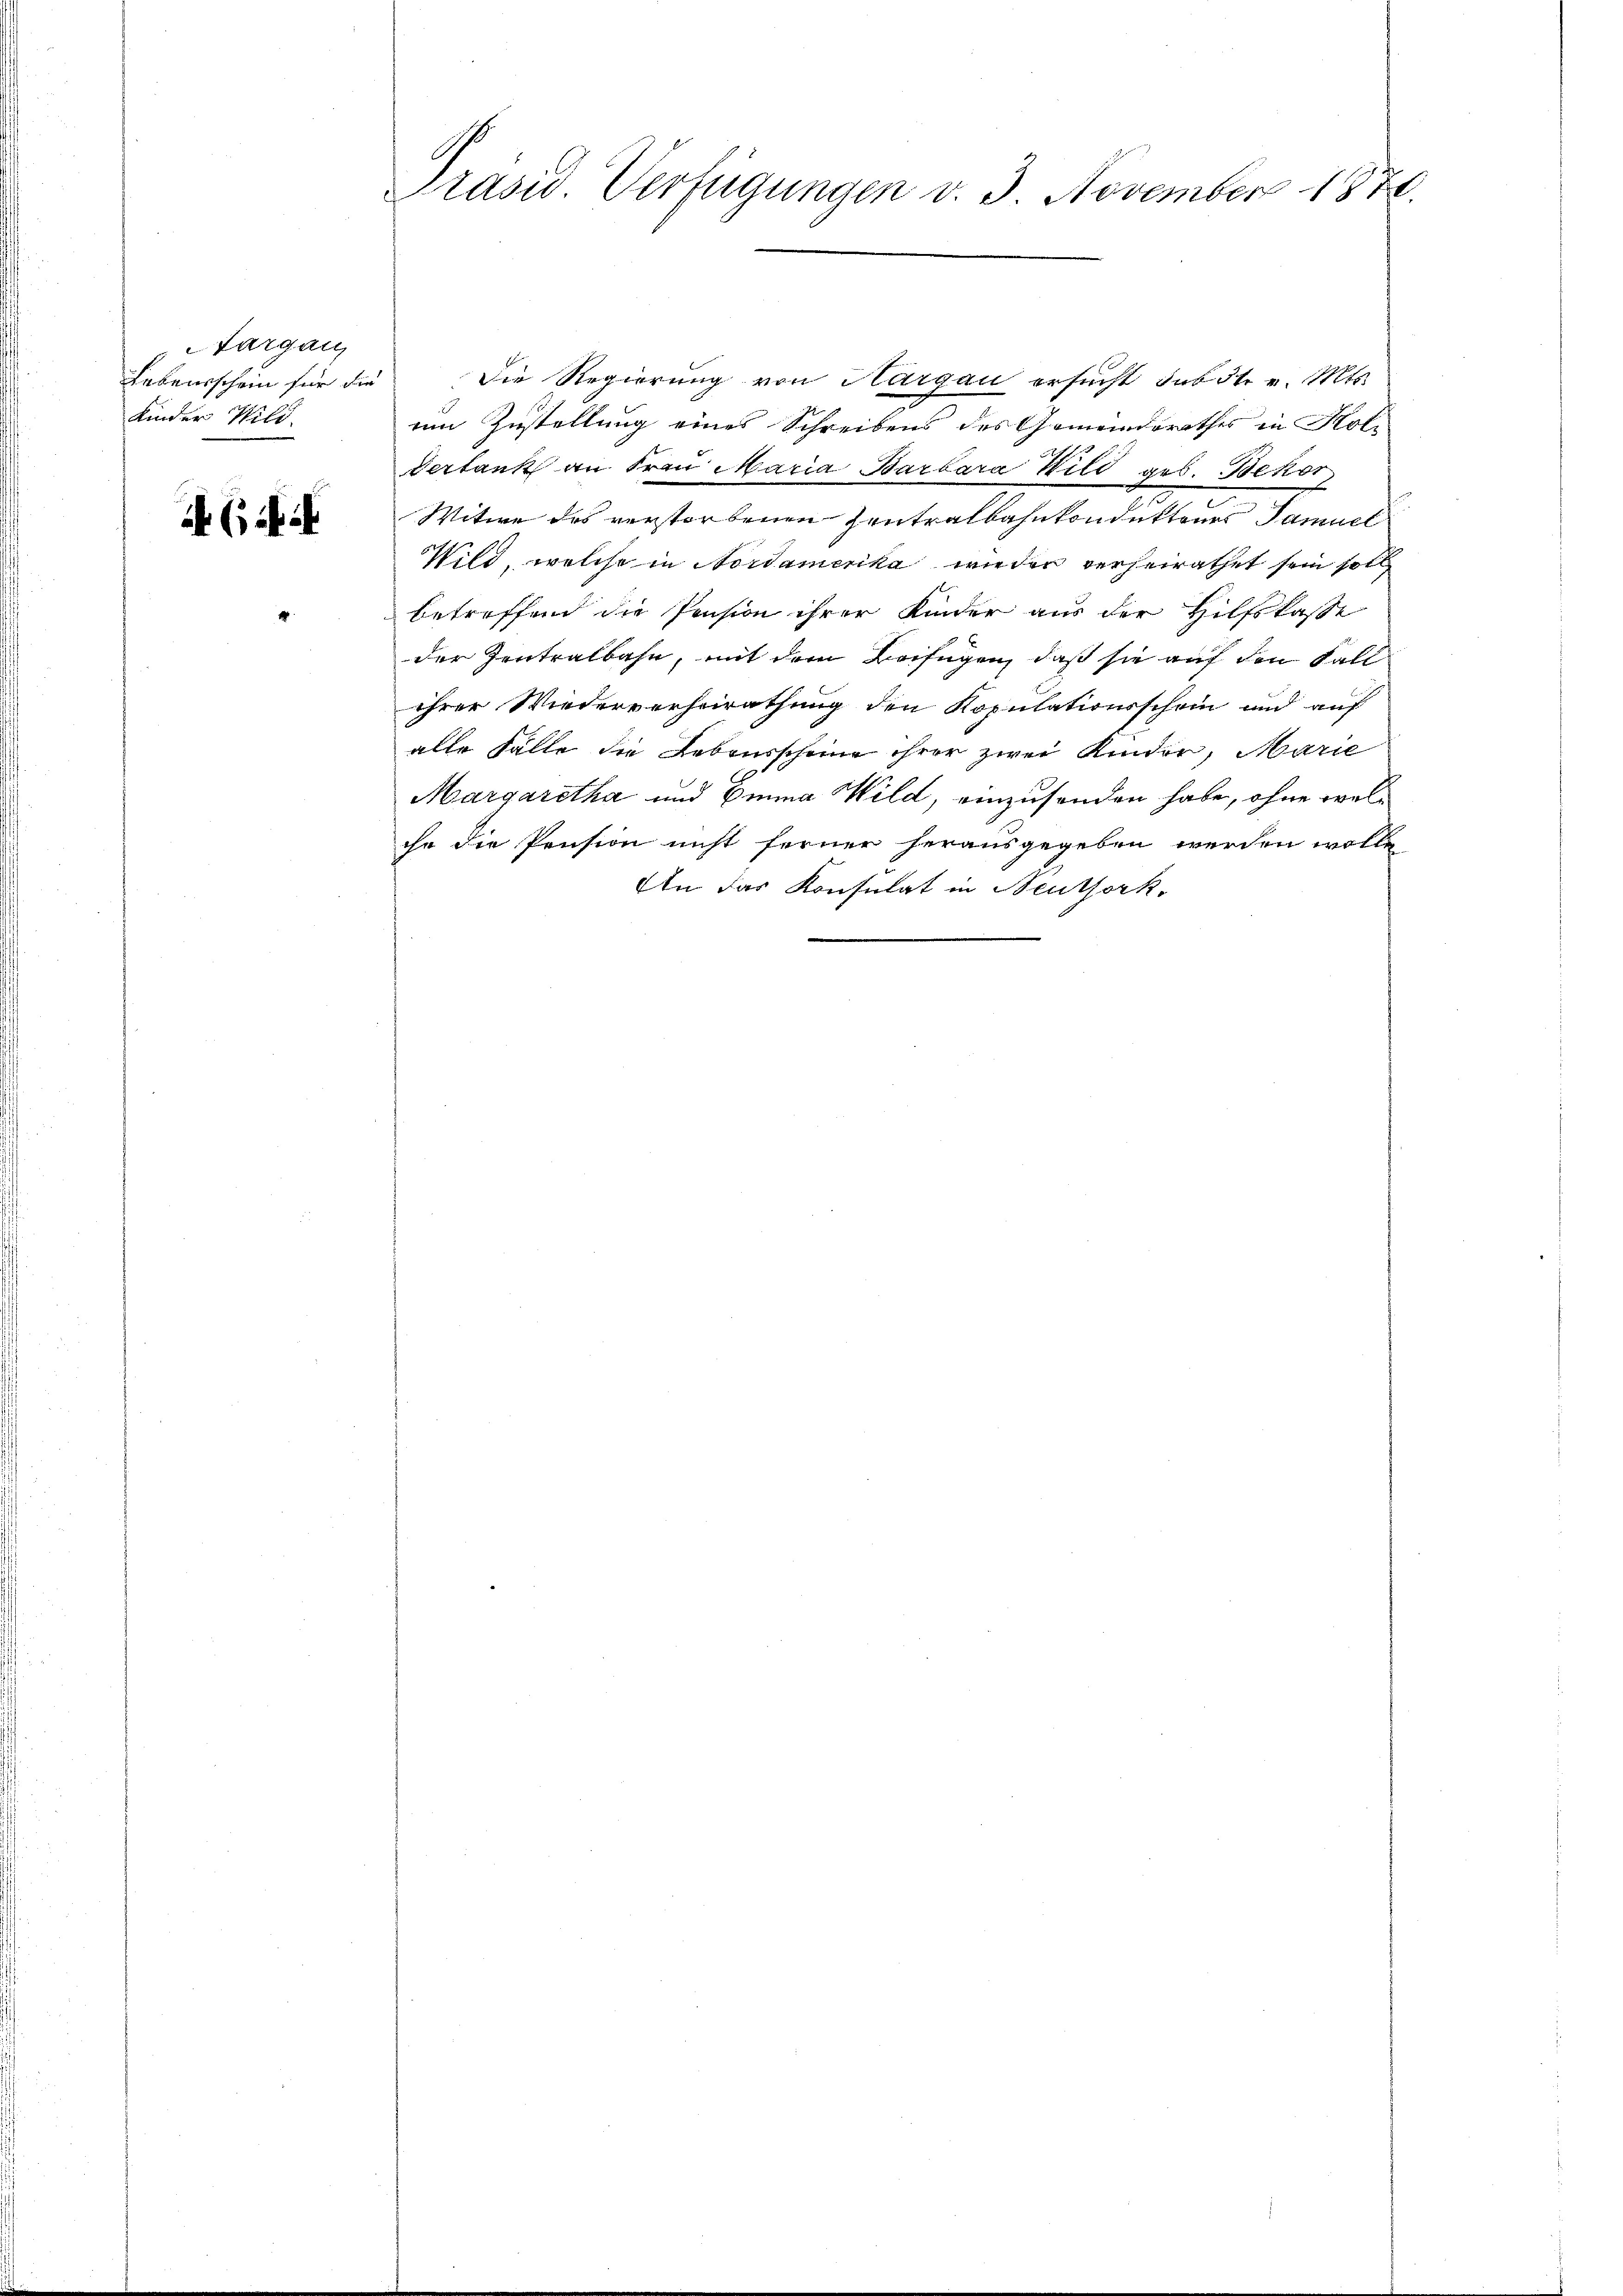
Aargau
Lebensschein für die
Kinder Wild.

Präsid. Verfügungen v. 3. November 1874.

Die Regierung von Aargau ersucht sub 5t. v. Mts.
um Zustellung eines Schreibens des Gemeinderathes in Kol-
Verbank an Frau Maria Barbara Wild geb. Bekor
Witwe des verstorbenen Zentralbahnkonduktenes Samuel
Wild, welche in Nordamerika wieder verheirathet sein soll
betreffend die Pension ihrer Kinder aus der Hilfskasse
der Zentralbahn, mit dem Verfügen, daß sie auf den Fall
ihrer Wiederverheirathung den Kopulationsschein und auf
alle Fälle die Lebensscheine ihrer zwei Kinder, Marie
Margaretha und Emma Wild, einzusenden habe, ohne welche die Pension nicht ferner herausgegeben werden wolle
An das Konsulat in Neuthork